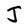
Character: J